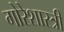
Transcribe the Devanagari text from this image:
गोरेशास्त्री